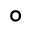
^ { \circ }